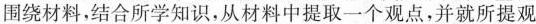
围绕材料，结合所学知识，从材料中提取一个观点，并就所提观